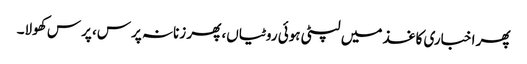
پھر اخباری کاغذ میں لپٹی ہوئی روٹیاں، پھر زنانہ پرس، پرس کھولا۔